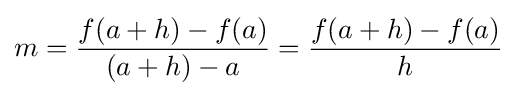
m={\frac {f(a+h)-f(a)}{(a+h)-a}}={\frac {f(a+h)-f(a)}{h}}